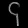
Digit: ၄